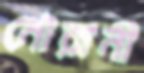
মৌরানী